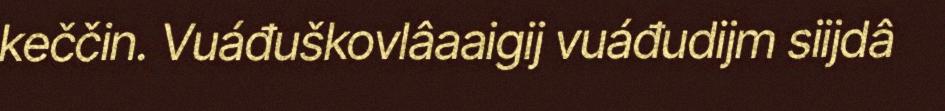
keččin. Vuáđuškovlâaaigij vuáđudijm siijdâ